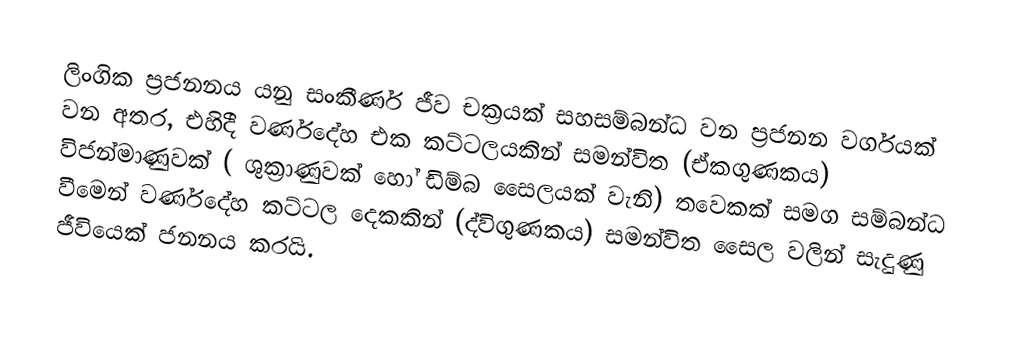
ලිංගික ප්‍රජනනය යනු සංකීර්ණ ජීව චක්‍රයක් සහසම්බන්ධ වන ප්‍රජනන වර්ගයක් වන අතර, එහිදී වර්ණදේහ එක කට්ටලයකින් සමන්විත  (ඒකගුණකය) විජන්මාණුවක් ( ශුක්‍රාණුවක් හෝ ඩිම්බ සෛලයක් වැනි) තවෙකක් සමග සම්බන්ධ වීමෙන් වර්ණදේහ කට්ටල දෙකකින් (ද්විගුණකය) සමන්විත සෛල වලින් සැදුණු ජීවියෙක් ජනනය කරයි.